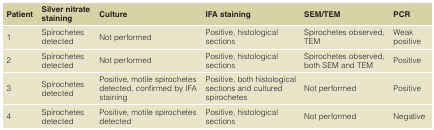
| Patient | Silver nitratestaining | Culture | IFA staining | SEM/TEM | PCR |
 | --- | --- | --- | --- | --- | --- |
 | 1 | Spirochetesdetected | Not performed | Positive, histologicalsections | Spirochetes observed,TEM | Weakpositive |
 | 2 | Spirochetesdetected | Not performed | Positive, histologicalsections | Spirochetes observed,both SEM and TEM | Positive |
 | 3 | Spirochetesdetected | Positive, motile spirochetesdetected, confirmed by IFAstaining | Positive, both histologicalsections and culturedspirochetes | Not performed | Positive |
 | 4 | Spirochetesdetected | Positive, motile spirochetesdetected | Positive, histologicalsections | Not performed | Negative |